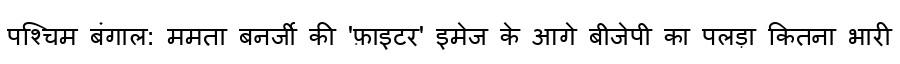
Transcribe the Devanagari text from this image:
पश्चिम बंगाल: ममता बनर्जी की 'फ़ाइटर' इमेज के आगे बीजेपी का पलड़ा कितना भारी